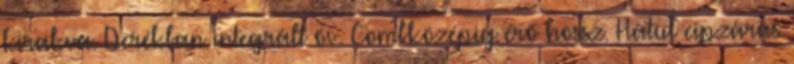
kirakva. Derékban integrált öv. Combközépig érő hossz. Hátul cipzáras